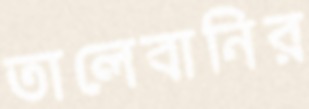
তালেবানির